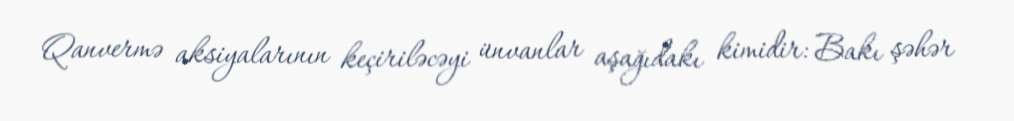
Qanvermə aksiyalarının keçiriləcəyi ünvanlar aşağıdakı kimidir: Bakı şəhər